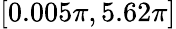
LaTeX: [0.005\pi,5.62\pi]